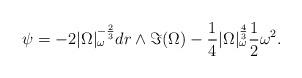
LaTeX: \begin{align*} \psi = -2|\Omega|_\omega^{-\frac{2}{3}} dr \wedge \Im(\Omega) - \frac{1}{4} |\Omega|_\omega^\frac{4}{3} \frac{1}{2} \omega^2.\end{align*}